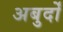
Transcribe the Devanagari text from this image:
अबुर्दों